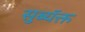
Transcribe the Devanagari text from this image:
सुब्यॅक्त